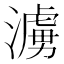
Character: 𪷓